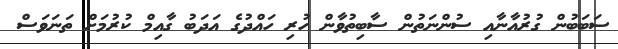
ސަބަބުން ގުރުއާނާއި ސުންނަތުން ސާބިތުވާން ހުރި ހައްދުގެ އަދަބު ގާއިމް ކުރުމަށް ތަނަވަސް